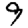
Digit: 9